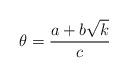
LaTeX: \begin{align*} \theta = \frac{a + b\sqrt{k}}{c} \end{align*}